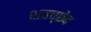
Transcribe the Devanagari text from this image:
शवच्छेद